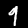
Digit: 9